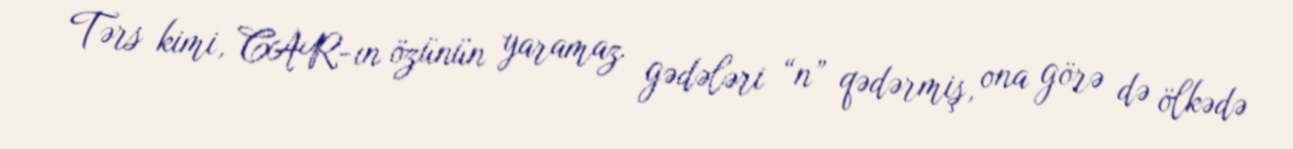
Tərs kimi, CAR-ın özünün yaramaz gədələri “n” qədərmiş, ona görə də ölkədə